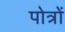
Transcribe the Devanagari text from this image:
पोत्रों